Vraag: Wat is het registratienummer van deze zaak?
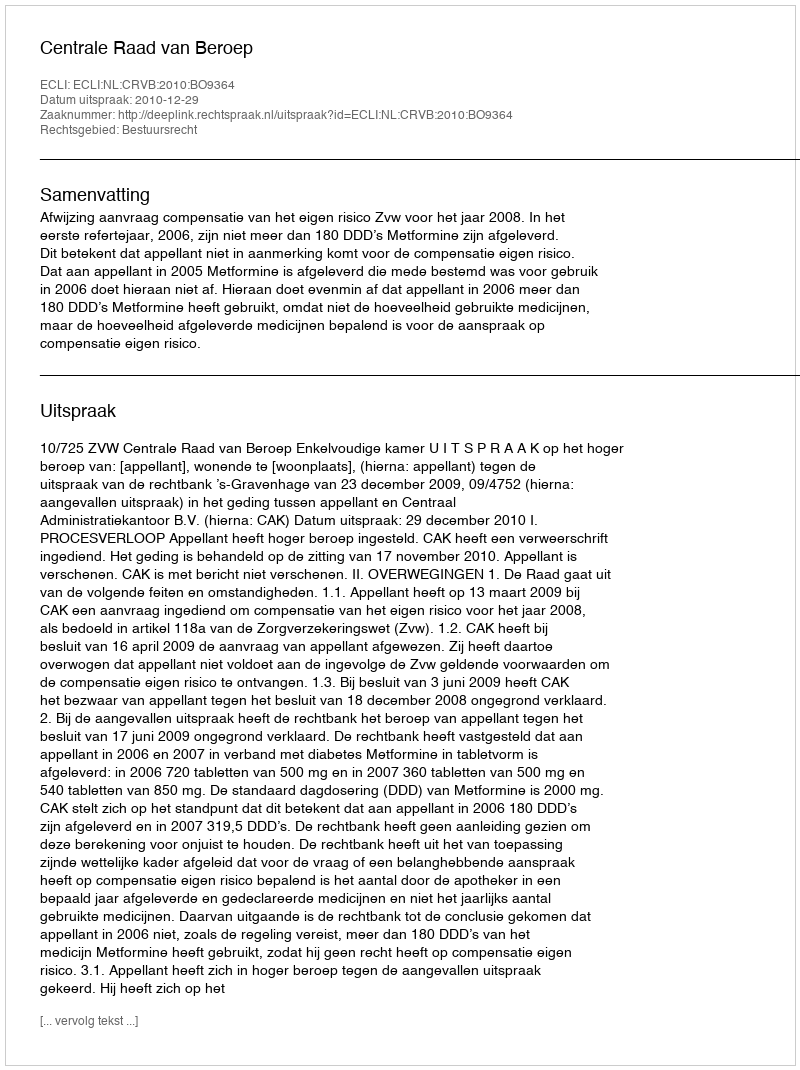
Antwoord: http://deeplink.rechtspraak.nl/uitspraak?id=ECLI:NL:CRVB:2010:BO9364